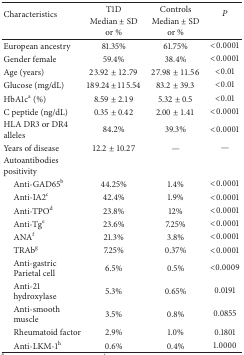
| <ROWSPAN=2> Characteristics | T1D | Controls | <ROWSPAN=2> P |
 | Median ± SD or % | Median ± SD or % |
 | --- | --- | --- | --- |
 | European ancestry | 81.35% | 61.75% | <0.0001 |
 | Gender female | 59.4% | 38.4% | <0.0001 |
 | Age (years) | 23.92 ± 12.79 | 27.98 ± 11.56 | <0.01 |
 | Glucose (mg/dL) | 189.24 ± 115.54 | 83.2 ± 39.3 | <0.01 |
 | HbA1ca (%) | 8.59 ± 2.19 | 5.32 ± 0.5 | <0.01 |
 | C peptide (ng/dL) | 0.35 ± 0.42 | 2.00 ± 1.41 | <0.0001 |
 | HLA DR3 or DR4 alleles | 84.2% | 39.3% | <0.0001 |
 | Years of disease | 12.2 ± 10.27 | — | — |
 | Autoantibodies positivity |  |  |  |
 | Anti-GAD65b | 44.25% | 1.4% | <0.0001 |
 | Anti-IA2c | 42.4% | 1.9% | <0.0001 |
 | Anti-TPOd | 23.8% | 12% | <0.0001 |
 | Anti-Tge | 23.6% | 7.25% | <0.0001 |
 | ANAf | 21.3% | 3.8% | <0.0001 |
 | TRAbg | 7.25% | 0.37% | <0.0001 |
 | Anti-gastricParietal cell | 6.5% | 0.5% | <0.0009 |
 | Anti-21hydroxylase | 5.3% | 0.65% | 0.0191 |
 | Anti-smoothmuscle | 3.5% | 0.8% | 0.0855 |
 | Rheumatoid factor | 2.9% | 1.0% | 0.1801 |
 | Anti-LKM-1h | 0.6% | 0.4% | 1.0000 |